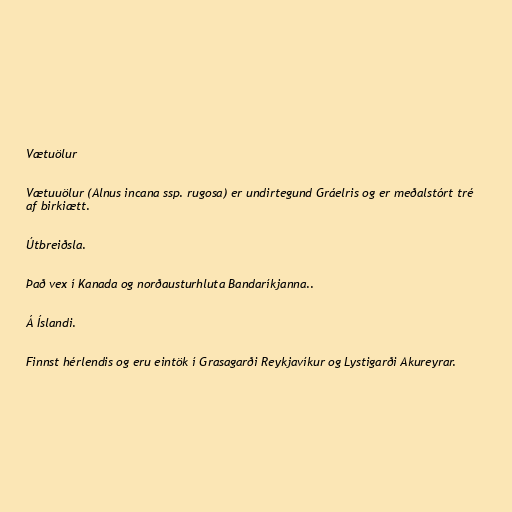
Vætuölur

Vætuuölur (Alnus incana ssp. rugosa) er undirtegund Gráelris og er meðalstórt tré
af birkiætt.

Útbreiðsla.

Það vex í Kanada og norðausturhluta Bandaríkjanna..

Á Íslandi.

Finnst hérlendis og eru eintök í Grasagarði Reykjavíkur og Lystigarði Akureyrar.